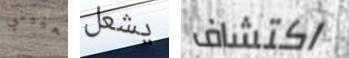
تعييني يشعل اكتشاف